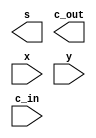
module FA(s, c_out, x, y, c_in);
input x, y, c_in;
output s, c_out;
wire s1, c1, c2;

/*
    write your code here
*/
  
endmodule